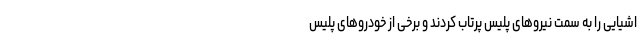
اشیایی را به سمت نیروهای پلیس پرتاب کردند و برخی از خودروهای پلیس